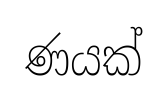
ණයක්